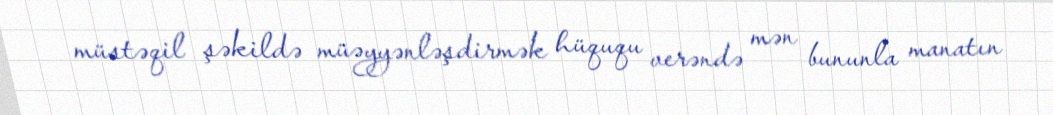
müstəqil şəkildə müəyyənləşdirmək hüququ verəndə mən bununla manatın